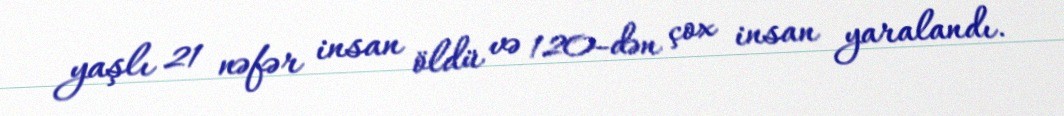
yaşlı 21 nəfər insan öldü və 120-dən çox insan yaralandı.